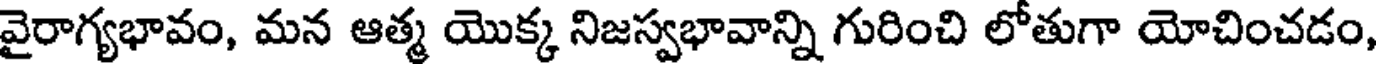
వైరాగ్యభావం, మన ఆత్మ యొక్క నిజస్వభావాన్ని గురించి లోతుగా యోచించడం,